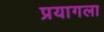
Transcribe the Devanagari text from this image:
प्रयागला